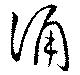
誦